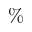
\%